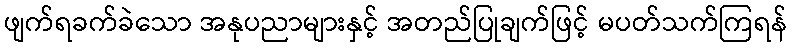
ဖျက်ရခက်ခဲသော အနုပညာများနှင့် အတည်ပြုချက်ဖြင့် မပတ်သက်ကြရန်